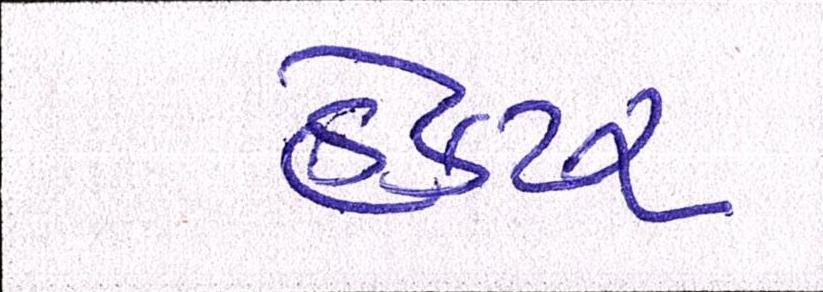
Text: હેક્ટર